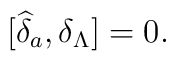
\lbrack \widehat{\delta }_{a},\delta _{\Lambda }]=0.